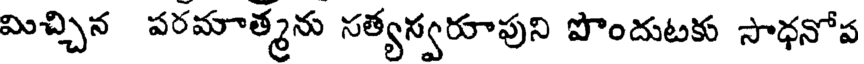
మిచ్చిన పరమాత్మను సత్యస్వరూపుని పొందుటకు సాధనోప